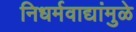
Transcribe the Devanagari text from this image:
निधर्मवाद्यांमुळे